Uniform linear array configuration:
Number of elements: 24
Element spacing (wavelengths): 0.75
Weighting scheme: binomial
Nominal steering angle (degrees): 0
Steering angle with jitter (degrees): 1.874
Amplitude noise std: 0.05
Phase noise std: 0.05

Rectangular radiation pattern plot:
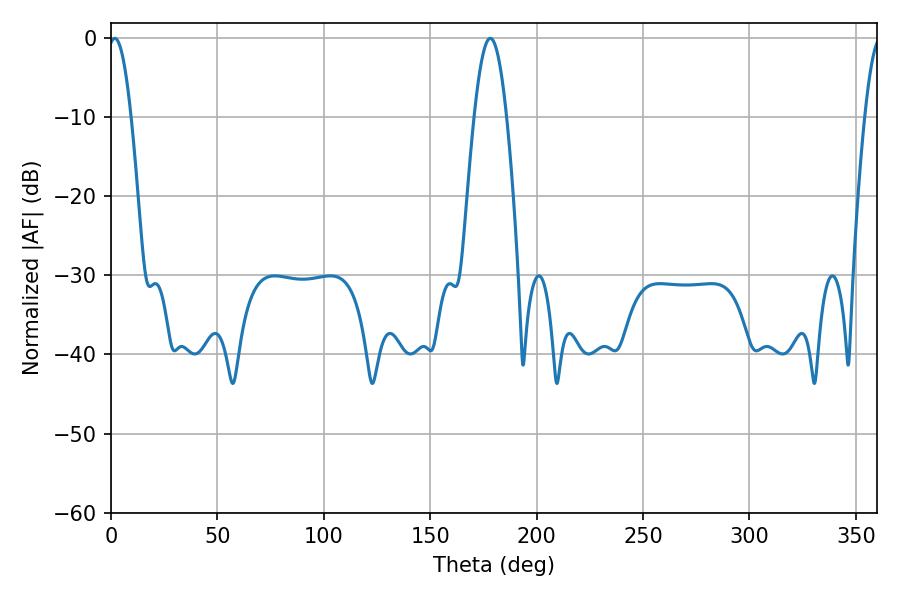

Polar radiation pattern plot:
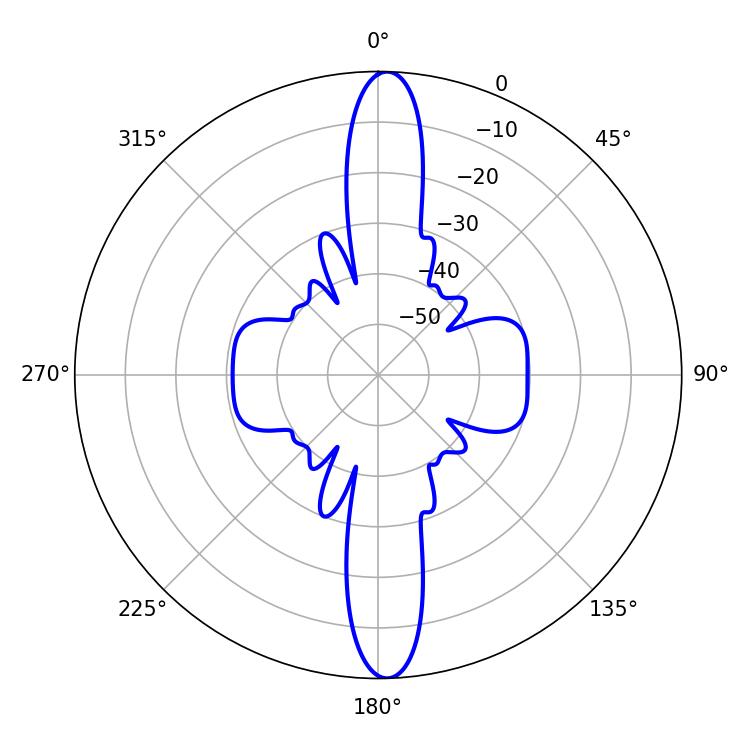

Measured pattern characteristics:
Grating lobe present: TRUE
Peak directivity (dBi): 23.077
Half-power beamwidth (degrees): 5.94
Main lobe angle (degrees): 1.8